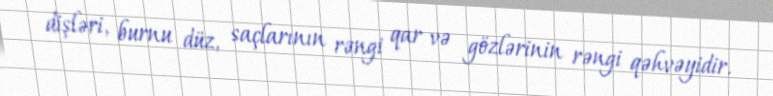
dişləri, burnu düz, saçlarının rəngi qar və gözlərinin rəngi qəhvəyidir.